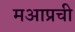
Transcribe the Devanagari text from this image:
मआप्रची